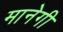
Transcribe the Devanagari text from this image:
मानेगी